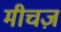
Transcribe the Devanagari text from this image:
मीचज़